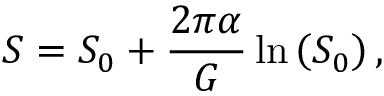
S = S _ { 0 } + \frac { 2 \pi \alpha } { G } \ln \left( S _ { 0 } \right) ,